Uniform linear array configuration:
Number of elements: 64
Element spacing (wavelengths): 0.5
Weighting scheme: hann
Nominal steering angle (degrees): -45
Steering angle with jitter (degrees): -46.714
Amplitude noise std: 0.05
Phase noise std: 0.05

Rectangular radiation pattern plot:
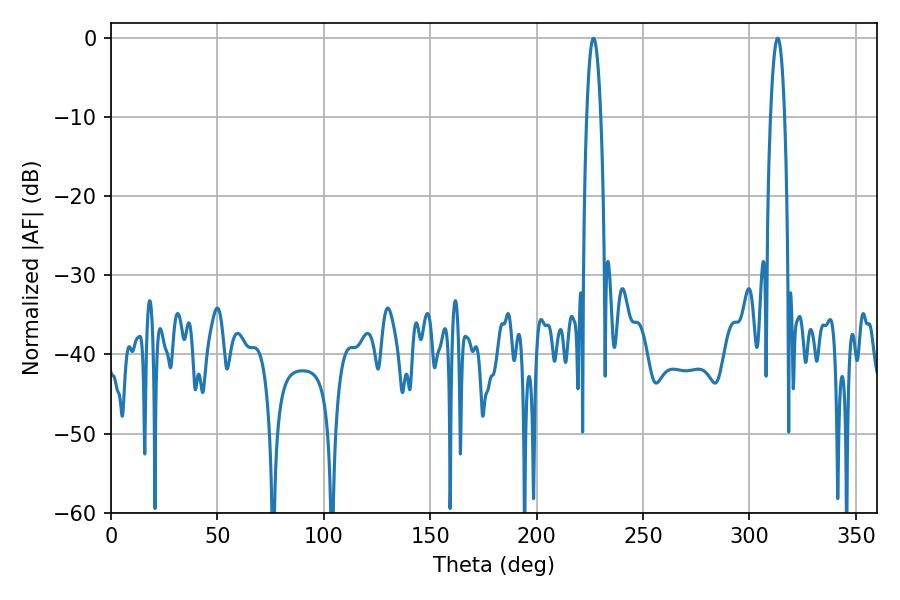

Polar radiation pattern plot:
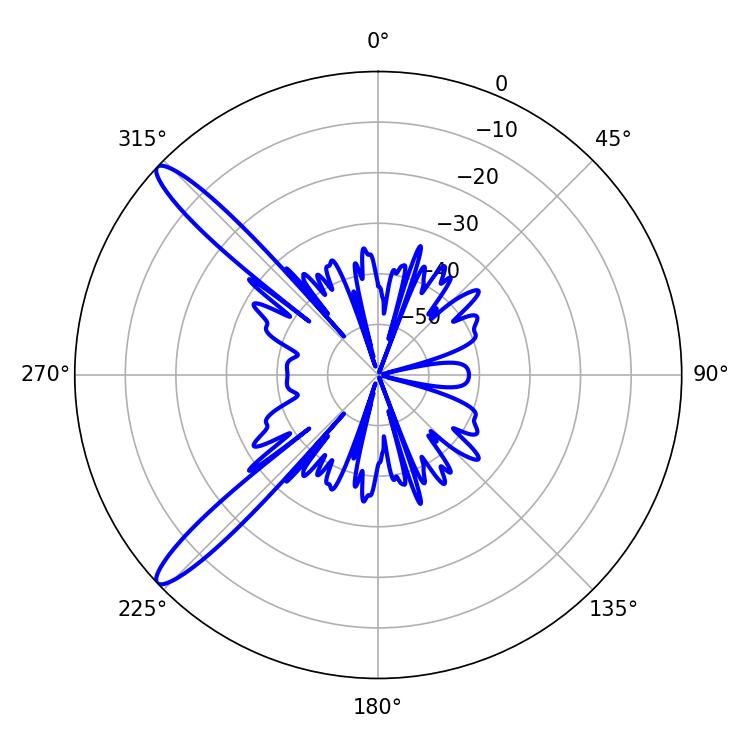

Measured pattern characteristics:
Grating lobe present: FALSE
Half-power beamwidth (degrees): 3.6
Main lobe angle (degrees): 226.8